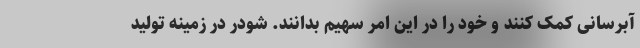
آبرسانی کمک کنند و خود را در این امر سهیم بدانند. شودر در زمینه تولید